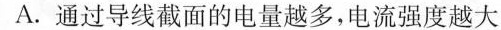
A.通过导线截面的电量越多，电流强度越大